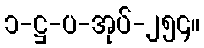
၁-ဋ္ဌ-ပ-အုပ်-၂၅၄။